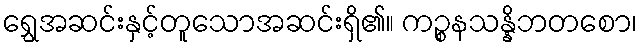
ရွှေအဆင်းနှင့်တူသောအဆင်းရှိ၏။ ကဉ္စနသန္နိဘတစော၊